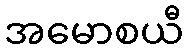
အမောစယီ